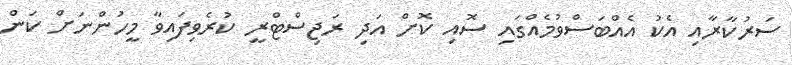
ސަަރުކާރާއި އެކު އެއްބަސްވުމެެއްގައި ސޮއި ކޮށް އަދި ރަޖިސްޓްރީ ކުރެވިފައިވާ މީހުންނަށް ކަން